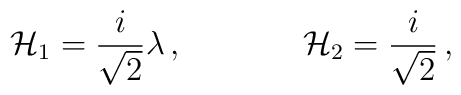
{\cal H}_{1}=\frac{i}{\sqrt{2}}\lambda\, ,\hspace{1.5cm}{\cal H}_{2}=\frac{i}{\sqrt{2}}\, ,